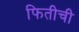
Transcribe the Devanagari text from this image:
फितीची